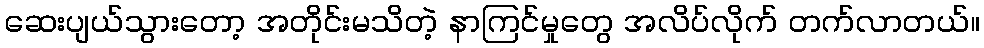
ဆေးပျယ်သွားတော့ အတိုင်းမသိတဲ့ နာကြင်မှုတွေ အလိပ်လိုက် တက်လာတယ်။